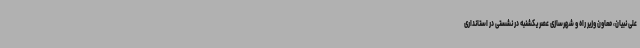
علی نبیان، معاون وزیر راه و شهرسازی عصر یکشنبه در نشستی در استانداری